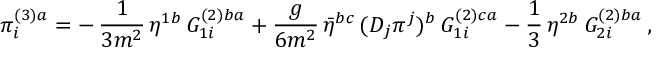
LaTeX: \pi _ { i } ^ { ( 3 ) a } = - \, \frac { 1 } { 3 m ^ { 2 } } \, \eta ^ { 1 b } \, G _ { 1 i } ^ { ( 2 ) b a } + \frac { g } { 6 m ^ { 2 } } \, \bar { \eta } ^ { b c } \, ( D _ { j } \pi ^ { j } ) ^ { b } \, G _ { 1 i } ^ { ( 2 ) c a } - \frac { 1 } { 3 } \, \eta ^ { 2 b } \, G _ { 2 i } ^ { ( 2 ) b a } \, ,